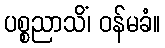
ပစ္စညာသိံ၊ ဝန်မခံ။